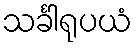
သင်္ခါရုပယံ